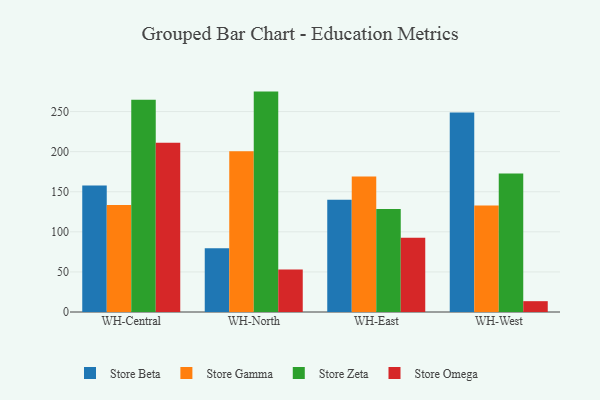
{"axis": {"x": "Warehouse", "y": "Page Views"}, "legend": ["Store Beta", "Store Gamma", "Store Omega", "Store Zeta"], "data": [{"x": "WH-Central", "y": 157.7, "type": "Store Beta"}, {"x": "WH-Central", "y": 133.6, "type": "Store Gamma"}, {"x": "WH-Central", "y": 264.8, "type": "Store Zeta"}, {"x": "WH-Central", "y": 211.1, "type": "Store Omega"}, {"x": "WH-North", "y": 79.5, "type": "Store Beta"}, {"x": "WH-North", "y": 200.6, "type": "Store Gamma"}, {"x": "WH-North", "y": 274.9, "type": "Store Zeta"}, {"x": "WH-North", "y": 53.1, "type": "Store Omega"}, {"x": "WH-East", "y": 139.9, "type": "Store Beta"}, {"x": "WH-East", "y": 169.0, "type": "Store Gamma"}, {"x": "WH-East", "y": 128.4, "type": "Store Zeta"}, {"x": "WH-East", "y": 92.7, "type": "Store Omega"}, {"x": "WH-West", "y": 248.8, "type": "Store Beta"}, {"x": "WH-West", "y": 132.8, "type": "Store Gamma"}, {"x": "WH-West", "y": 172.8, "type": "Store Zeta"}, {"x": "WH-West", "y": 13.5, "type": "Store Omega"}]}